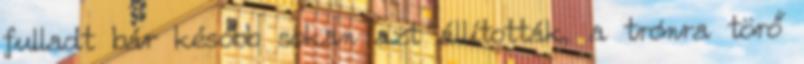
fulladt bár később sokan azt állították, a trónra törő